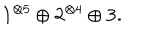
\mathbf { 1 } ^ { \otimes 5 } \oplus \mathbf { 2 } ^ { \otimes 4 } \oplus \mathbf { 3 } .